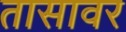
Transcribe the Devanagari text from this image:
तासावर